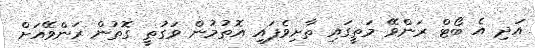
އަދި އެ ބޯޓް ރަންވޭ މަތީގައި ތާށިވެފައި އޮތުމުން ވަގުތީ ގޮތުން ރަންވޭއަށް